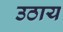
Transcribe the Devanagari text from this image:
उठाय